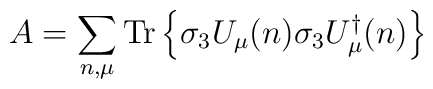
A = \sum_{n,\mu}{\rm Tr}\left\{\sigma_3 U_\mu(n) \sigma_3 U^\dagger_\mu(n)\right\}